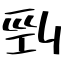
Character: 剄